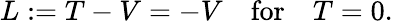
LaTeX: L:=T-V=-V\quad\textrm{for}\quad T=0.